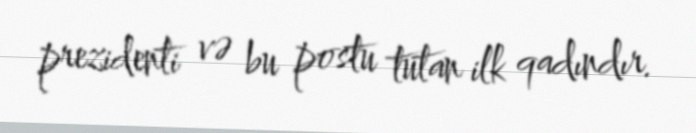
prezidenti və bu postu tutan ilk qadındır.